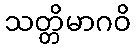
သတ္တိမာဂဝိ